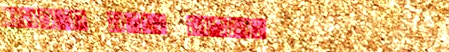
Under New Mgmt